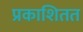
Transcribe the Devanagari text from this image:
प्रकाशितत